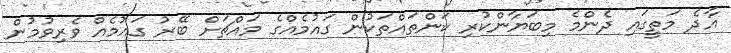
އާދެ މަތީގައި ދެންމެ މިބަޔާންކުރި ކަންތައްތަކުން ގައުމެއްގެ މައްޗަށް ބޭރު ގައުމެއް ވެރިވުމުން